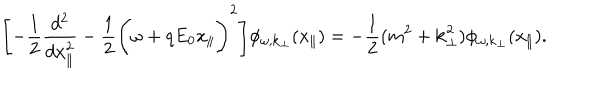
LaTeX: \Biggl [ - \frac { 1 } { 2 } \frac { d ^ { 2 } } { d x _ { \parallel } ^ { 2 } } - \frac { 1 } { 2 } \Biggl ( \omega + q E _ { 0 } x _ { \parallel } \Biggr ) ^ { 2 } \Biggr ] \phi _ { \omega , { \bf k } _ { \perp } } ( x _ { \parallel } ) = - \frac { 1 } { 2 } ( m ^ { 2 } + { \bf k } _ { \perp } ^ { 2 } ) \phi _ { \omega , { \bf k } _ { \perp } } ( x _ { \parallel } ) .